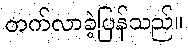
တက်လာခဲ့ပြန်သည်။